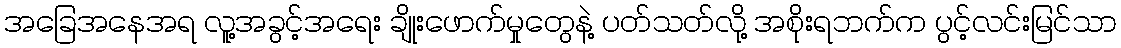
အခြေအနေအရ လူ့အခွင့်အရေး ချိုးဖောက်မှုတွေနဲ့ ပတ်သတ်လို့ အစိုးရဘက်က ပွင့်လင်းမြင်သာ